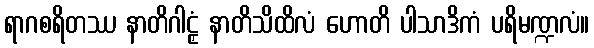
ရာဂစရိတဿ နာတိဂါဠှံ နာတိသိထိလံ ဟောတိ ပါသာဒိကံ ပရိမဏ္ဍလံ။